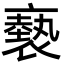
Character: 褻